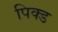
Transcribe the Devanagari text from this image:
पिक्ड